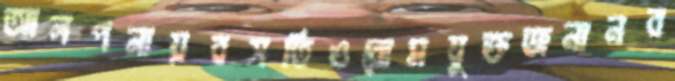
আলপনায়বসতিওরোমযুক্তজনানব